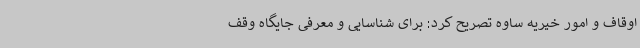
اوقاف و امور خیریه ساوه تصریح کرد: برای شناسایی و معرفی جایگاه وقف